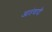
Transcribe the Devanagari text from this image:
आतंवादी